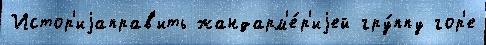
Истор'иjаправ'ить жандарм'е́р'иjей гру́ппу гор'е